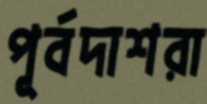
পূর্বদাশরা